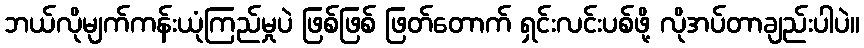
ဘယ်လိုမျက်ကန်းယုံကြည်မှုပဲ ဖြစ်ဖြစ် ဖြတ်တောက် ရှင်းလင်းပစ်ဖို့ လိုအပ်တာချည်းပါပဲ။